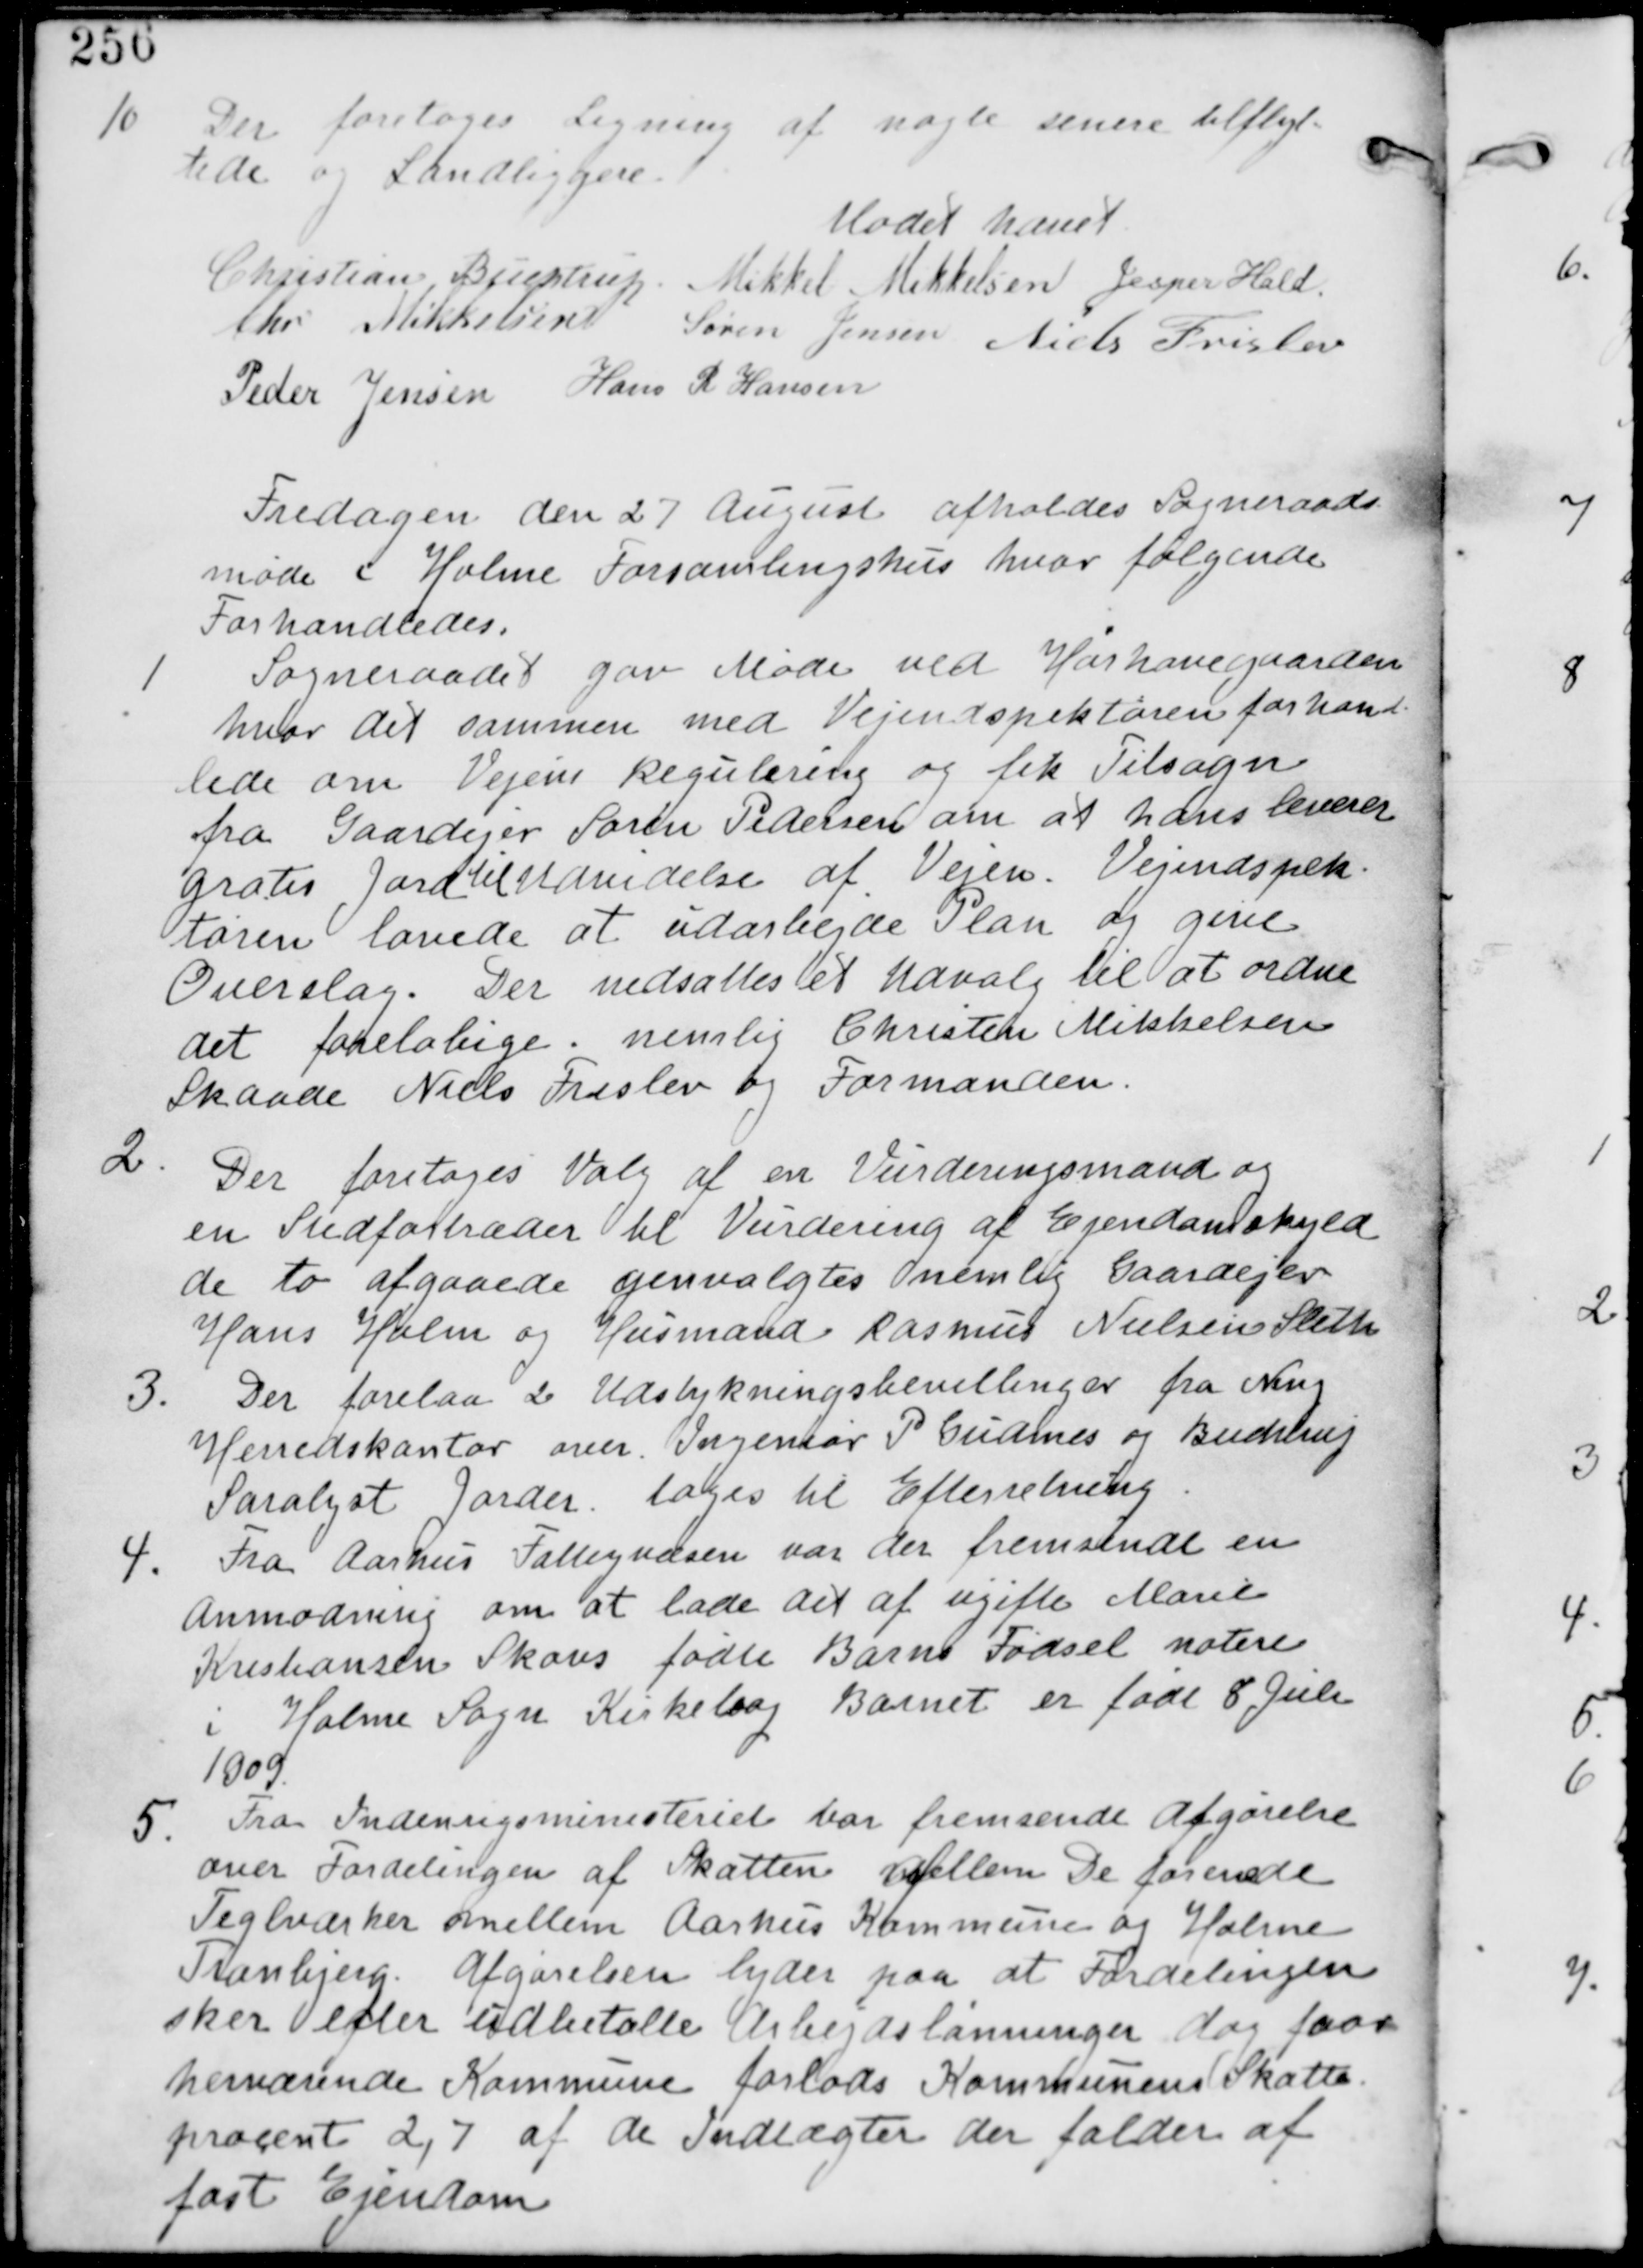
Transskription:
10
Der foretages Ligning af nogle senere tilflyt
tede og Landliggere.

Mødet hævet
Christian Buchtrup Mikkel Mikkelsen
Chr Mikkelsen Søren Jensen Niels Frislev
Peder Jensen Hans R Hansen

Fredagen den 27 August afholdes Sogneraads
møde i Holme Forsamlingshus hvor følgende
Forhandledes.

1
Sogneraadet gav Møde ved Hørhavegaarden
hvor det sammen med Vejinspektøren forhand
lede om Vejens Regulering og fik Tilsagn
fra Gaardejer Søren Pedersen om at hans leverer
Gratis Jord til Udvidelse af Vejen. Vejinspek
tøren lovede at udarbejde Plan og give
Overslag. Der nedsattes et Udvalg til at ordne
det foreløbige nemlig Christian Mikkelsen
Skaade Niels Frislev og Formanden.

2.
Der foretages Valg af en Vurderingsmand og
en Stedfortræder til Vurdering af Ejendomskyld
de to afgaaede genvalgtes nemlig Gaardejer
Hans Holm og Husmand Rasmus Nielsen Sleth.

3. Der forelaa 2 Udstykningsbevillinger fra Ning
Herredskontor over Ingeniør P Gudmes og Buchtrup
Saralyst Jorder. tages til Efterretning.

4. Fra Aarhus Fattigvæsen var der fremsendt en
Anmodning om at lade det af ugifte Marie
Kristiansen Skovs fødte Barns Fødsel notere
i Holme Sogns Kirkebog Barnet er født 8 Juli
1909.

5.
Fra Indenrigsministeriet var fremsendt Afgørelse
over Fordelingen af Skatten mellem De forenede
Teglværker mellem Aarhus Kommune og Holme
Tranbjerg. Afgørelsen lyder paa at Fordelingen
sker efter udbetalte Arbejdslønninger dog faar
herværende Kommune forlods Kommunens Skatte
procent 2,7 af de Indtægter der falder af
fast Ejendom.